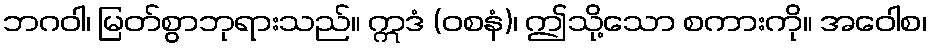
ဘဂဝါ၊ မြတ်စွာဘုရားသည်။ ဣဒံ (ဝစနံ)၊ ဤသို့သော စကားကို။ အဝေါစ၊